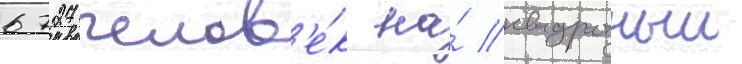
6727 челов'е́к на́ квадратныи